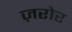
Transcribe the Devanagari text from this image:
ज़रोर